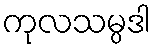
ကုလသမ္ပဒါ